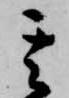
其